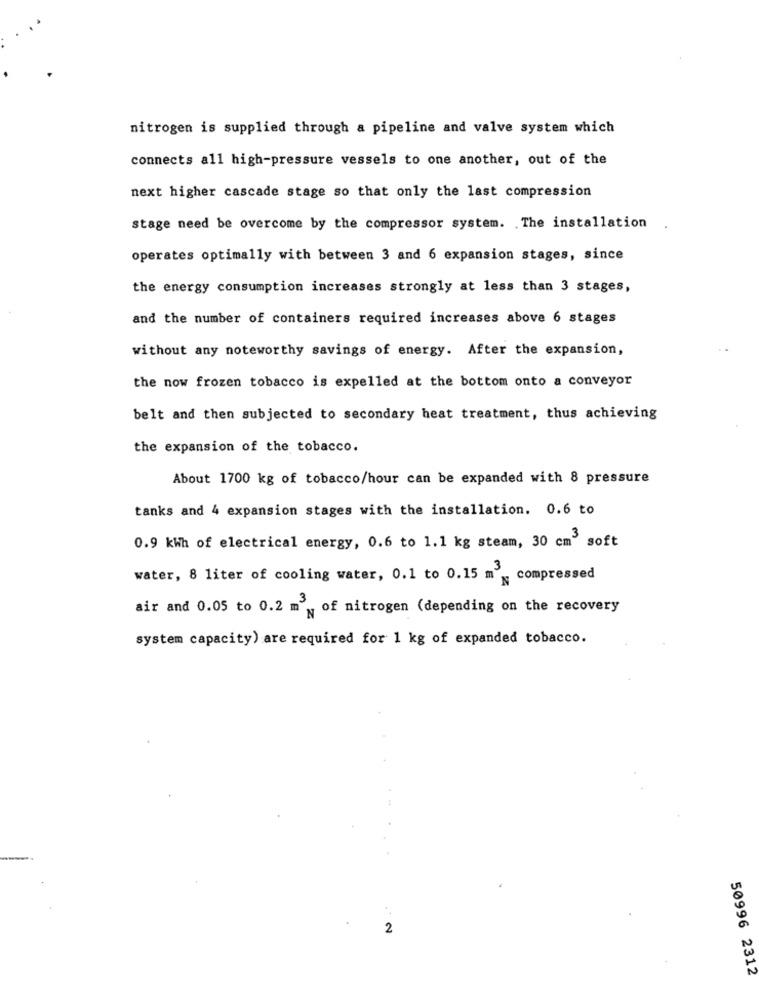
nitrogen is supplied through a pipeline and valve system which
connects all high-pressure vessels to one another, out of the
next higher cascade stage so that only the last compression
stage need be overcome by the compressor system. . The installation
operates optimally with between 3 and 6 expansion stages, since
the energy consumption increases strongly at less than 3 stages,
and the number of containers required increases above 6 stages
without any noteworthy savings of energy. After the expansion,
the now frozen tobacco is expelled at the bottom onto a conveyor
belt and then subjected to secondary heat treatment, thus achieving
the expansion of the tobacco.
About 1700 kg of tobacco/hour can be expanded with 8 pressure
tanks and 4 expansion stages with the installation. 0.6 to
0.9 kwh of electrical energy, 0.6 to 1.1 kg steam, 30 cm" soft
water, 8 liter of cooling water, 0.1 to 0.15 m3.
compressed
air and 0.05 to 0.2 m' of nitrogen (depending on the recovery
system capacity) are required for 1 kg of expanded tobacco.
2
50996 2312